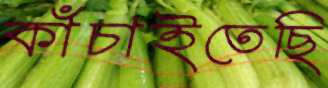
কাঁচাইতেছি